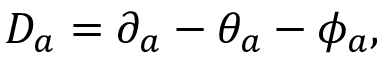
D _ { a } = \partial _ { a } - \theta _ { a } - \phi _ { a } ,